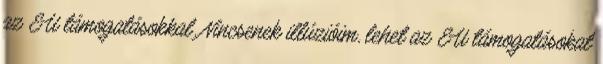
az EU támogatásokkal. Nincsenek illúzióim, lehet az EU támogatásokat